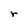
Character: r